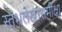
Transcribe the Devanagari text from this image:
स्तंभलेख।समीक्षा